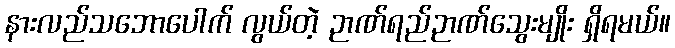
နားလည်သဘောပေါက် လွယ်တဲ့ ဉာဏ်ရည်ဉာဏ်သွေးမျိုး ရှိရမယ်။